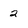
Character: 2